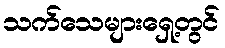
သက်သေများရှေ့တွင်